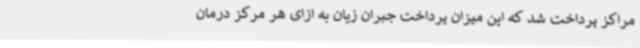
مراکز پرداخت شد که این میزان پرداخت جبران زیان به ازای هر مرکز درمان